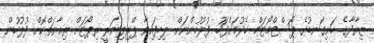
ޒިޔާދާގެ ހަށިގަނޑުގެ ޕޯސްޓްމޯޓަމް ހެދުމަށްފަހު ފުލުހުންނަށް ލިބިފައިވާ ޕްރިލިނަރީ ރިޕޯޓަށް ރިއާޔަތްކޮށް ފުލުހުން